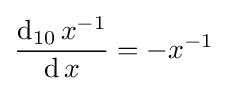
{\frac {\operatorname {d} _{10}x^{-1}}{\operatorname {d} x}}=-x^{-1}